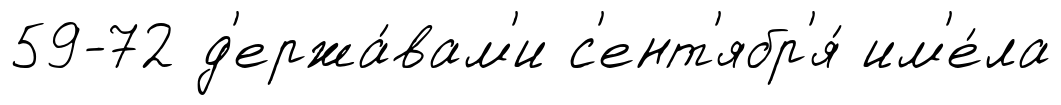
59-72 д'ержа́вам'и с'ент'ябр'я́ им'е́ла